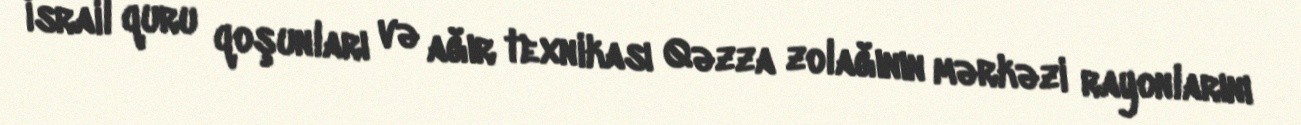
İsrail quru qoşunları və ağır texnikası Qəzza zolağının mərkəzi rayonlarını